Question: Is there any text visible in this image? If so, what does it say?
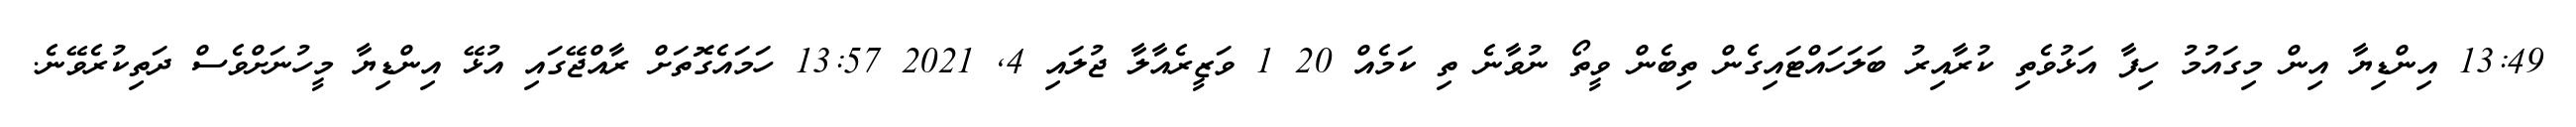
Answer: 13:49 އިންޑިޔާ އިން މިގައުމު ހިފާ އަޅުވެތި ކުރާއިރު ބަލަހައްޓައިގެން ތިބެން ވީތޯ ނުވާނެ ތި ކަމެއް 20 1 ވަޒީރެއާލާ ޖުލައި 4, 2021 13:57 ހަމައެގޮތަށް ރާއްޖޭގައި އުޅޭ އިންޑިޔާ މީހުނަށްވެސް ދަތިކުރެވޭނެ.